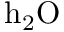
{ \mathrm { h } } _ { 2 } \mathrm { O }